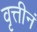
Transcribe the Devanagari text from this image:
वृत्तीनं